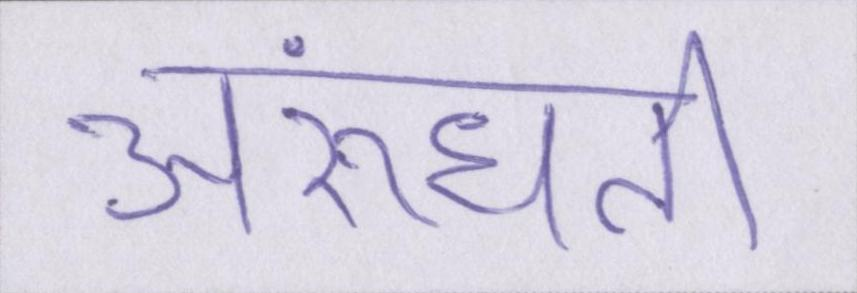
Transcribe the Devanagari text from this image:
अरुंधती